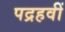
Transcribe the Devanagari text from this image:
पद्रहवीं